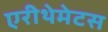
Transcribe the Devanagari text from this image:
एरीथेमेटस